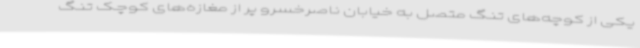
یکی از کوچه‌های تنگ متصل به خیابان ناصرخسرو پر از مغازه‌های کوچک تنگ